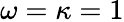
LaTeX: \omega=\kappa=1